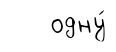
одну́